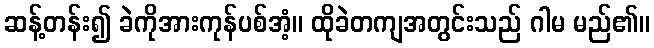
ဆန့်တန်း၍ ခဲကိုအားကုန်ပစ်အံ့။ ထိုခဲတကျအတွင်းသည် ဂါမ မည်၏။